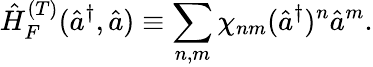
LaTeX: \hat{H}_{F}^{(T)}(\hat{a}^{\dagger},\hat{a})\equiv\sum_{n,m}\chi_{nm}(\hat{a}^{\dagger})^{n}\hat{a}^{m}.